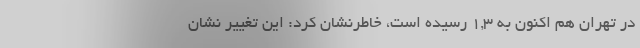
در تهران هم اکنون به ۱,۳ رسیده است، خاطرنشان کرد: این تغییر نشان